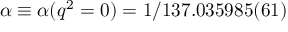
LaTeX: \alpha \equiv \alpha ( q ^ { 2 } = 0 ) = 1 / 1 3 7 . 0 3 5 9 8 5 ( 6 1 )